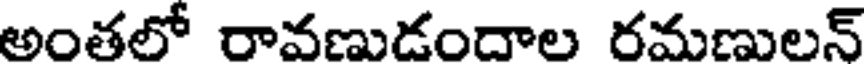
అంతలో రావణుడందాల రమణులన్